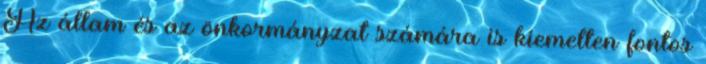
Az állam és az önkormányzat számára is kiemelten fontos